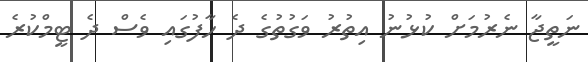
ނަތީޖާ ނެރުމަށް ކުޅުނު އިތުރު ވަގުތުގެ ދެ ހާފުގައި ވެސް ދެ ޓީމްކުރެ